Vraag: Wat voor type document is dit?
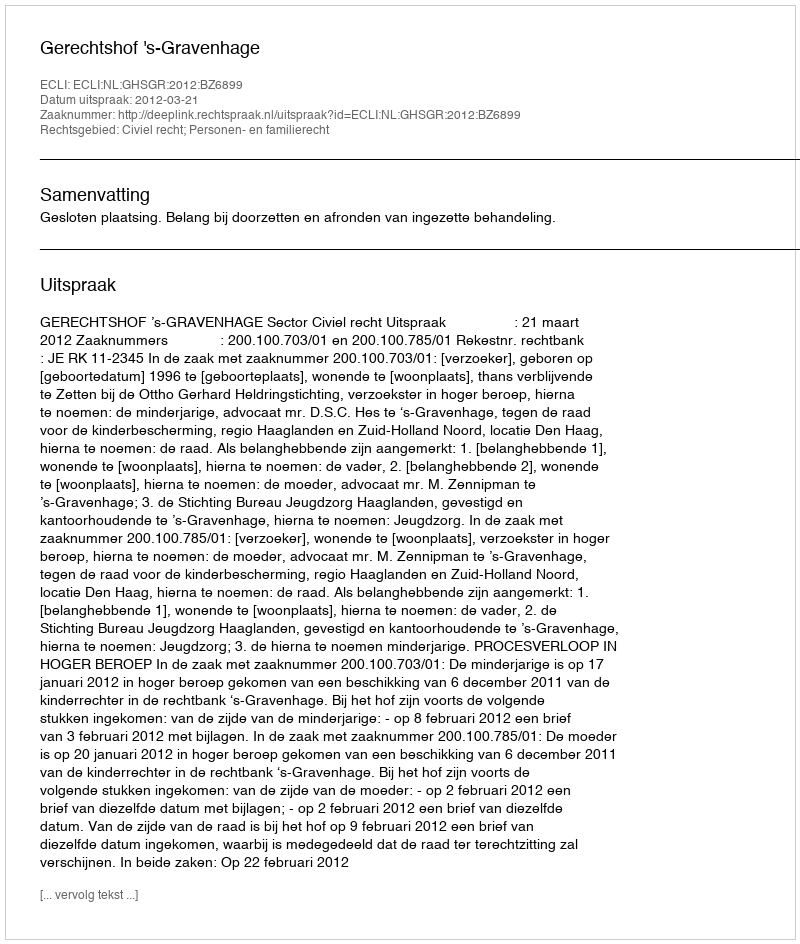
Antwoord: Uitspraak